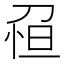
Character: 𠝗